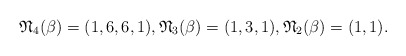
\begin{gather*}\mathfrak{N}_4(\beta)=(1,6,6,1) , \mathfrak{N}_3(\beta)=(1,3,1), \mathfrak{N}_2(\beta)=(1,1).\end{gather*}